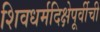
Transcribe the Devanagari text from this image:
शिवधर्मदिक्षेपूर्वीची